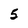
Character: 5